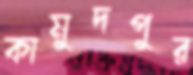
কামুদপুর